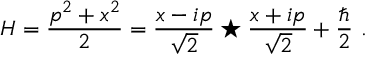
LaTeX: H = { \frac { p ^ { 2 } + x ^ { 2 } } { 2 } } = \frac { x - i p } { \sqrt { 2 } } \star \frac { x + i p } { \sqrt { 2 } } + { \frac { \hbar } { 2 } } ~ .